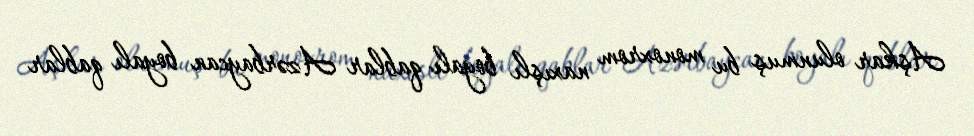
Aşkar olunmuş bu monoxrom naxışlı boyalı qablar Azərbaycan boyalı qablar